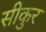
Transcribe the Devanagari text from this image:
सीकुर